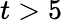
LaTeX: t>5